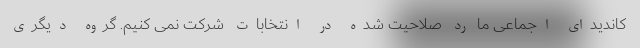
کاندیدای اجماعی ما رد صلاحیت شده در انتخابات شرکت نمی کنیم. گروه دیگری